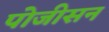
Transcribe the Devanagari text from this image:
पोजीसन